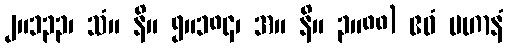
၂။၁၃၃၊ သံ။ နိ။ ၅။၁၈၄၊ အ။ နိ။ ၃။၈၈) ဧဝံ ပဟာနံ